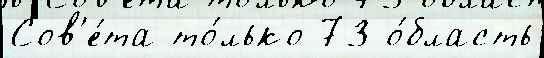
Сов'е́та то́лько 73 о́бласть